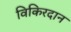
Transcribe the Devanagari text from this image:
विकिरदान